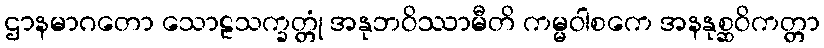
ဌာနမာဂတော သောဠသက္ခတ္တုံ အနုဘဝိဿာမီတိ ကမ္မဝါစကေ အနနုစ္ဆဝိကတ္တာ